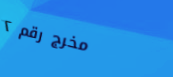
مخرج رقم ٢